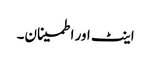
اینٹ اور اطمینان۔